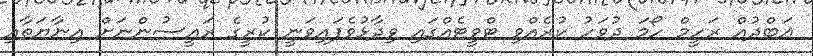
ޢަބްދުއް ރަހީމް ހޯމަ ދުވަހު ކުރެއްވި ޓްވީޓެއްގައި ވިދާޅުވެފައިވަނީ ކުރީގެ ރައީސުންނަށް އިނާޔަތާއި